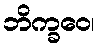
ဘိက္ခဝေ၊